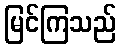
မြင်ကြသည်